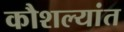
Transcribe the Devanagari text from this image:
कौशल्यांत